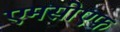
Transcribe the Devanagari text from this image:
एमसीएफ